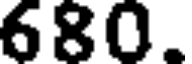
680.